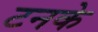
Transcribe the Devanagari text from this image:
टनके